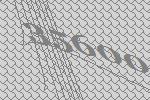
35600